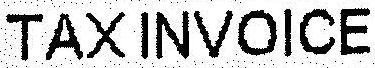
TAX INVOICE